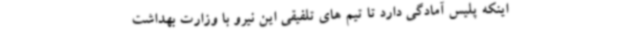
اینکه پلیس آمادگی دارد تا تیم های تلفیقی این نیرو با وزارت بهداشت